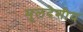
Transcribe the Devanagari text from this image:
मूलदेशीय